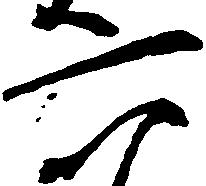
六